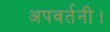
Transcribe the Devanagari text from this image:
अपवर्तनी।